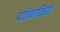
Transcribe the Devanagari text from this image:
प्रतिपाळिता